Investigations on Bengal jail dietaries - Number 37
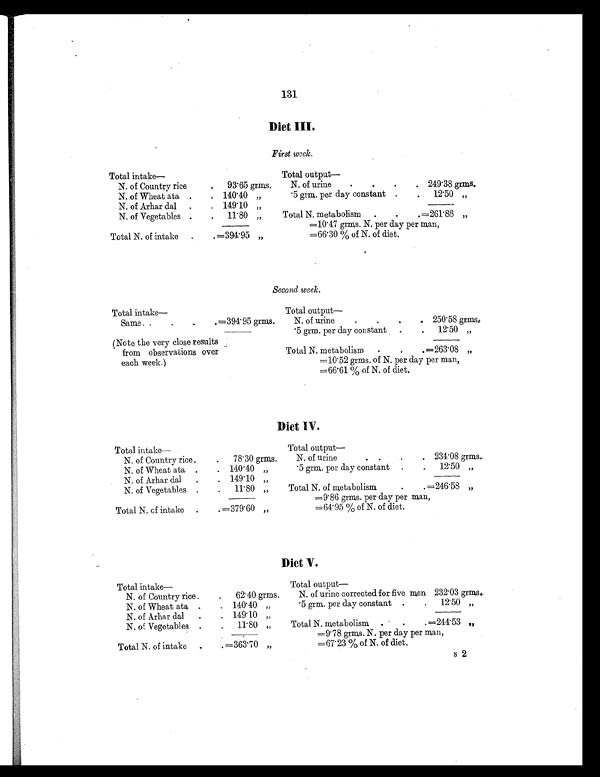
131
Diet III.
First week.
Total intake—
Total output
N. of Country rice
. 93'65 grins.
N. of urine
.
.
.
. 249'38 grins..
N. of Wheat ata .
. 140'40 „
'5 grm. per day constant .
. 12'50 „
N. of Arhar dal .
. 149'10 „
-
N. of Vegetables .
. 11'80 „
Total N. metabolism .
.
. =261'88 „
=10'47 grins. N. per day per man,
Total N. of intake .
. =394'95 „
=66'30 % of N. of diet.
.
Second week.
Total intake—
Total output
Same . .
.
.
.=391'95 grins.
N. of urine
.
.
.
. 250'58 grins,
'5 grm. per day constant .
. 12'50 „
(Note the very close results
from observations over
each week.)
Total N. metabolism
. . . =263'08 „
=10'52 grins. of N. per day per man,
=66'61 % of N. of diet.
Diet IV.
Total intake—
Total output
N. of Country rice.
. 78'30 grms.
N. of urine
. . . . 234'08 grins..
N. of Wheat ata .
. 140'40 „
'5 grm. per day constant .
. 12'50 „
N. of Arhar dal .
. 119'10 „
--
N. of Vegetables .
. 11'80 „
Total N. of metabolism
.
. =246'58 „
=9'86 grins . per day per man,
Total N. cf intake .
. =379'60 „
=64'95 % of N. of diet.
-
Diet V.
Total intake—
Total output
N. of Country rice .
. 62'40 grins.
N. of urine corrected for five men 232'03 grins,
N. of Wheat ata .
. 140'40 „
'5 grin. per day constant .
. 12'50 „
N. of Arhar dal .
. 149'10 „
N. of Vegetables .
. 11'80 „
Total N. metabolism .
.
. =244'53 „
— ,
=9'78 grms. N. per day per man,
Total N. of intake .
. =363'70 „
=67'23 % of N. of diet.
s2